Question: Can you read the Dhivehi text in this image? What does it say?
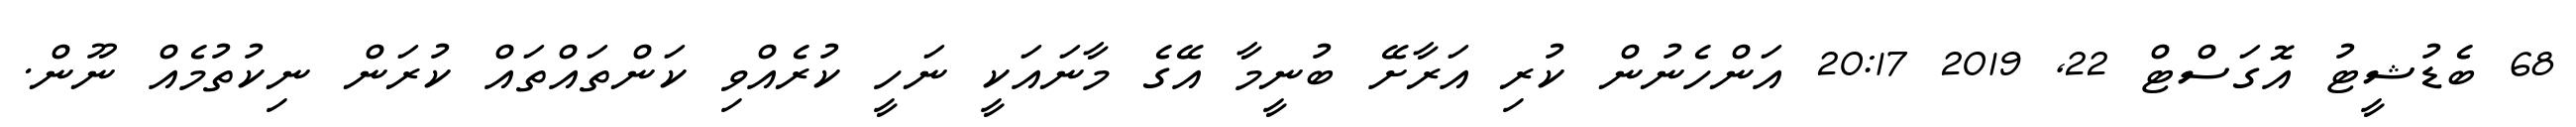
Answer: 68 ބެޑުޝީޓު އޮގަސްޓް 22, 2019 20:17 އަންހެނުން ކުރި އަރާށޭ ބުނީމާ އޭގެ މާނައަކީ ނަހީ ކުރެއްވި ކަންތައްތައް ކުރަން ނިކުތުމެއް ނޫން.